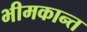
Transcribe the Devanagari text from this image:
भीमकान्त